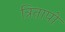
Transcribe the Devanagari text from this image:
त्रितापों